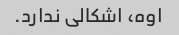
اوه، اشکالی ندارد.